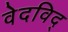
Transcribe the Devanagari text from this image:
वेदविद्